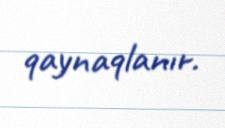
qaynaqlanır.